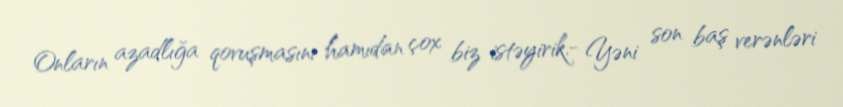
Onların azadlığa qovuşmasını hamıdan çox biz istəyirik.- Yəni son baş verənləri